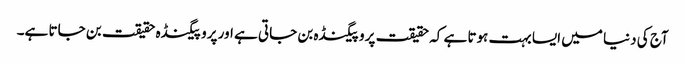
آج کی دنیا میں ایسا بہت ہوتا ہے کہ حقیقت پروپیگنڈہ بن جاتی ہے اور پروپیگنڈہ حقیقت بن جاتا ہے۔